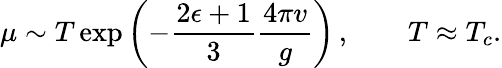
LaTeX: \mu\sim T\exp\left(-\frac{2\epsilon+1}3\frac{4\pi v}g\right)\, ,\qquad T\approx T_{c}.